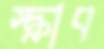
স্ক্রাব